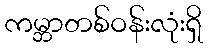
ကမ္ဘာတစ်ဝန်းလုံးရှိ